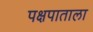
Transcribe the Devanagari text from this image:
पक्षपाताला